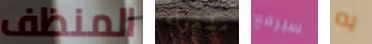
المنظف مشغولة سيرفع به